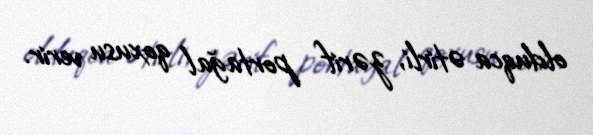
olduqca ətirli, zərif portağal qoxusu verir.